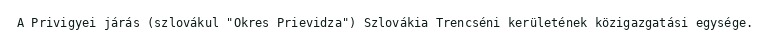
A Privigyei járás (szlovákul "Okres Prievidza") Szlovákia Trencséni kerületének közigazgatási egysége.